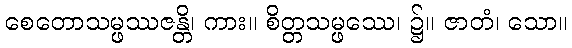
စေတောသမ္ဖဿဇန္တိ၊ ကား။ စိတ္တသမ္ဖဿေ၊ ၌။ ဇာတံ၊ သော။